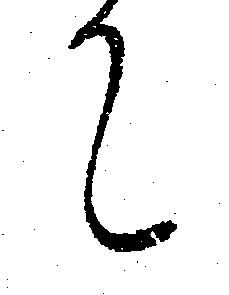
て